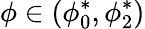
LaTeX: \phi\in(\phi_{0}^{*},\phi_{2}^{*})